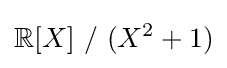
\mathbb {R} [X]\ /\ (X^{2}+1)